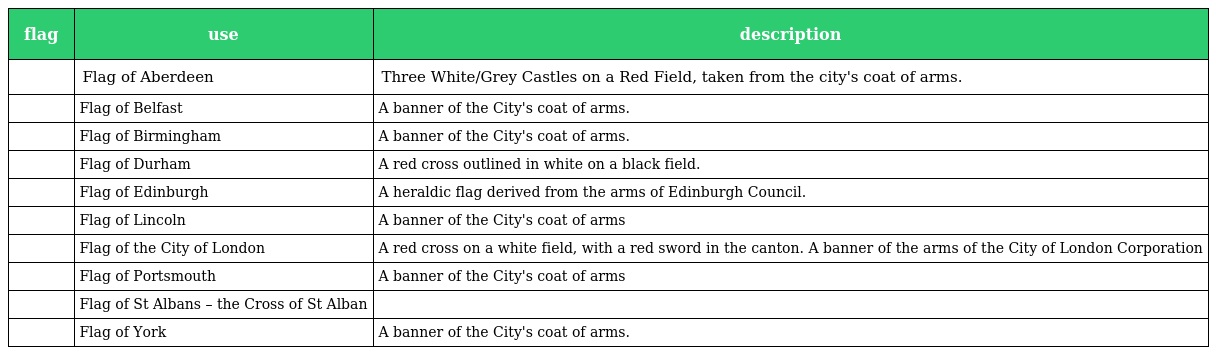
| flag | use | description |
 | --- | --- | --- |
 |  | Flag of Aberdeen | Three White/Grey Castles on a Red Field, taken from the city's coat of arms. |
 |  | Flag of Belfast | A banner of the City's coat of arms. |
 |  | Flag of Birmingham | A banner of the City's coat of arms. |
 |  | Flag of Durham | A red cross outlined in white on a black field. |
 |  | Flag of Edinburgh | A heraldic flag derived from the arms of Edinburgh Council. |
 |  | Flag of Lincoln | A banner of the City's coat of arms |
 |  | Flag of the City of London | A red cross on a white field, with a red sword in the canton. A banner of the arms of the City of London Corporation |
 |  | Flag of Portsmouth | A banner of the City's coat of arms |
 |  | Flag of St Albans – the Cross of St Alban |  |
 |  | Flag of York | A banner of the City's coat of arms. |